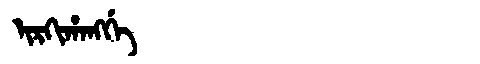
Manchu: ᡳᡵᡴᡳᡥᠠᠩᡤᡝ
Romanization: IRKIHANGGE